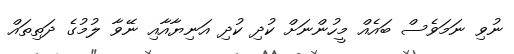
ނުވި ނަމަވެސް ބައެއް މީހުންނަށް ކުދި ކުދި އަނިޔާއާއި ނޭވާ ލުމުގެ ދަތިތައް